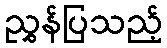
ညွှန်ပြသည့်